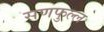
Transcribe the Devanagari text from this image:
सणफुल्ल